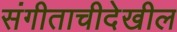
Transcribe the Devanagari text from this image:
संगीताचीदेखील